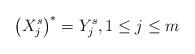
LaTeX: \begin{align*}\left(X_j^s\right)^*=Y_j^s, 1\leq j\leq m\end{align*}